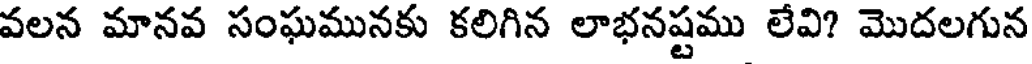
వలన మానవ సంఘమునకు కలిగిన లాభనష్టము లేవి? మొదలగున